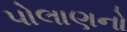
પોલાણનો